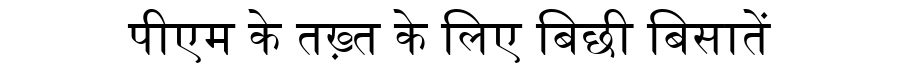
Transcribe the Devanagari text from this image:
पीएम के तख़्त के लिए बिछी बिसातें